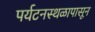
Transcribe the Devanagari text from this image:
पर्यटनस्थळापासून